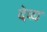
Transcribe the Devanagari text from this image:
देव्य